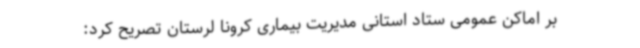
بر اماکن عمومی ستاد استانی مدیریت بیماری کرونا لرستان تصریح کرد: